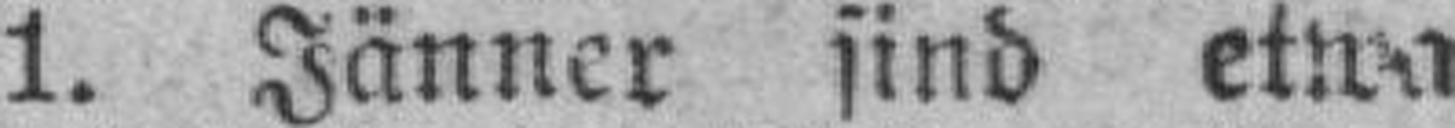
1. Jänner sind etwa